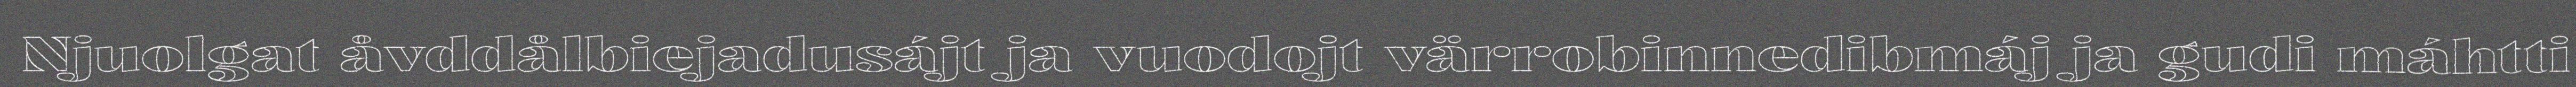
Njuolgat åvddålbiejadusájt ja vuodojt värrobinnedibmáj ja gudi máhtti